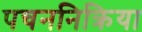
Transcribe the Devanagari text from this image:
पचननिक्रिया